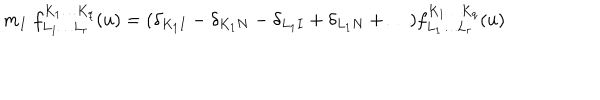
LaTeX: m _ { I } \; f _ { L _ { 1 } \ldots L _ { r } } ^ { K _ { 1 } \ldots K _ { q } } ( u ) = ( \delta _ { K _ { 1 } I } - \delta _ { K _ { 1 } N } - \delta _ { L _ { 1 } I } + \delta _ { L _ { 1 } N } + \ldots ) f _ { L _ { 1 } \ldots L _ { r } } ^ { K _ { 1 } \ldots K _ { q } } ( u )